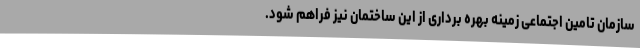
سازمان تامین اجتماعی زمینه بهره برداری از این ساختمان نیز فراهم شود.